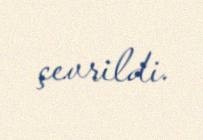
çevrildi.